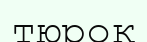
тюрок